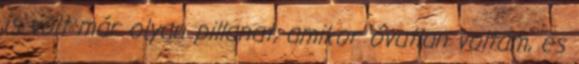
is volt már olyan pillanat, amikor óvatlan voltam, és